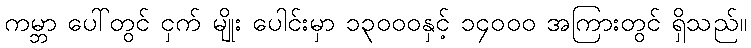
ကမ္ဘာ ပေါ်တွင် ငှက် မျိုး ပေါင်းမှာ ၁၃၀၀၀နှင့် ၁၄၀၀၀ အကြားတွင် ရှိသည်။